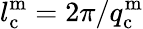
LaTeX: l_{\mathrm{c}}^{\mathrm{m}}=2\pi/q_{\mathrm{c}}^{\mathrm{m}}